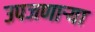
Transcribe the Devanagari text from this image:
उपजणाऱ्या